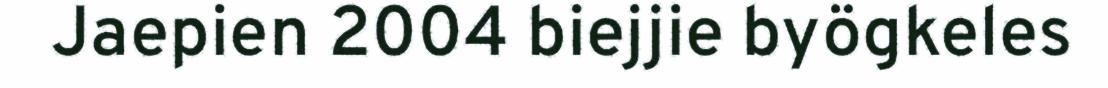
Jaepien 2004 biejjie byögkeles